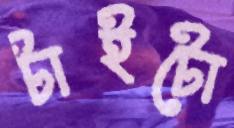
টাইটো